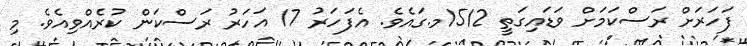
ފަހަރަށް ރަސްކަމަށް ވަޑައިގަތީ 1512މ.ގައެވެ. އެފަހަރު 17 އަހަރު ރަސްކަން ކުރެއްވިއެވެ. މި